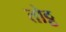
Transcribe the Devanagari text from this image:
तोट्ट